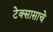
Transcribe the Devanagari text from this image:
टेक्सासाचे